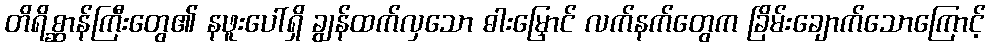
တိရိစ္ဆာန်ကြီးတွေ၏ နဖူးပေါ်ရှိ ချွန်ထက်လှသော ဓါးမြှောင် လက်နက်တွေက ခြိမ်းချောက်သောကြောင့်